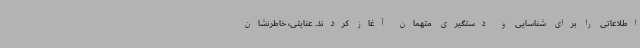
اطلاعاتی را برای شناسایی و دستگیری متهمان آغاز کردند. عنایتی، خاطرنشان